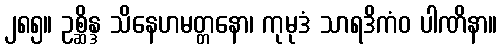
၂၈၅။ ဥစ္ဆိန္ဒ သိနေဟမတ္တနော၊ ကုမုဒံ သာရဒိကံဝ ပါဏိနာ။